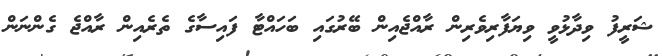
ޝަރީފު ވިދާޅުވީ ވިޔަފާރިވެރިން ރާއްޖެއިން ބޭރުގައި ބަހައްޓާ ފައިސާގެ ތެރެއިން ރާއްޖެ ގެންނަން